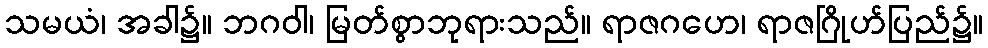
သမယံ၊ အခါ၌။ ဘဂဝါ၊ မြတ်စွာဘုရားသည်။ ရာဇဂဟေ၊ ရာဇဂြိုဟ်ပြည်၌။